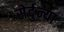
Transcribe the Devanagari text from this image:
सेर्दुन्या